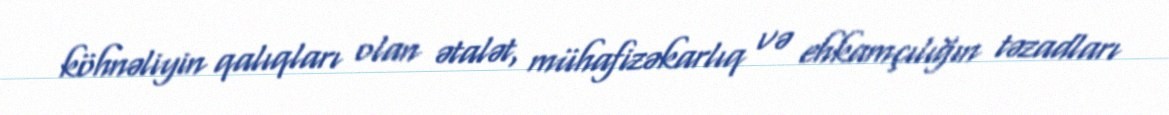
köhnəliyin qalıqları olan ətalət, mühafizəkarlıq və ehkamçılığın təzadları